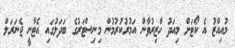
މުއިއްޒު އެ ކޯޓަށް މިއަދު ހާޒިރުވާން އަމުރުކުރުމުން މިނިސްޓަރުގެ ބަދަލުގައި އެޓާނީ ޖެނަރަލް